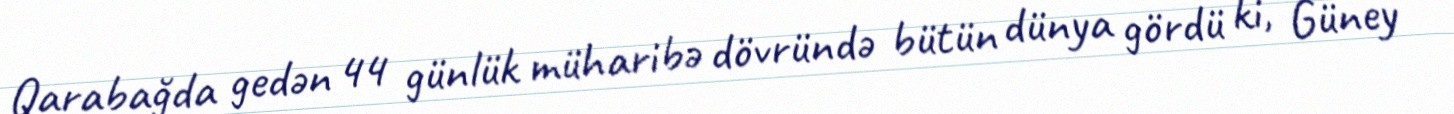
Qarabağda gedən 44 günlük müharibə dövründə bütün dünya gördü ki, Güney